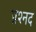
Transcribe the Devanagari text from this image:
प्रश्नद